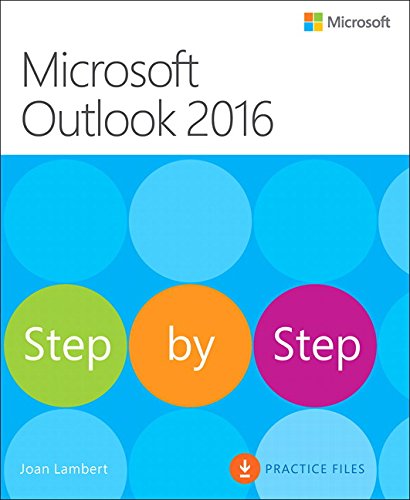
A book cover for Microsoft Outlook 2016 Step by Step; Joan Lambert; Computers & Technology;